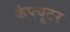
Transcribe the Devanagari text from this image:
कंप्त्यूटर